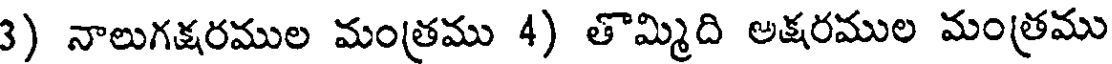
3) నాలుగక్షరముల మంత్రము 4) తొమ్మిది అక్షరముల మంత్రము